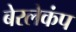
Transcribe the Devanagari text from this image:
बेरलेकंप